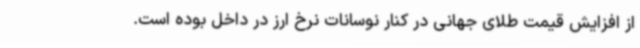
از افزایش قیمت طلای جهانی در کنار نوسانات نرخ ارز در داخل بوده است.